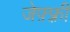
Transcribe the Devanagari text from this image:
जेफ़्फ़्री